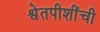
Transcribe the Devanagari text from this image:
श्वेतपीशींची